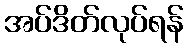
အပ်ဒိတ်လုပ်ရန်